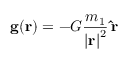
\mathbf { g } ( \mathbf { r } ) = - G { \frac { m _ { 1 } } { { \vert \mathbf { r } \vert } ^ { 2 } } } \, \mathbf { \hat { r } }